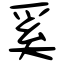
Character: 奚